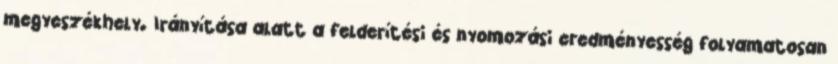
megyeszékhely. Irányítása alatt a felderítési és nyomozási eredményesség folyamatosan